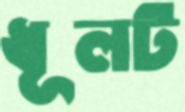
ধূলট